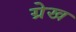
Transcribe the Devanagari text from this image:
ग्रेख